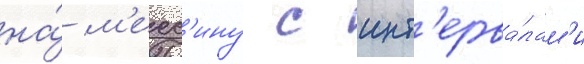
на́ м'есс'ину с инт'ерва́лам'и